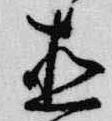
直